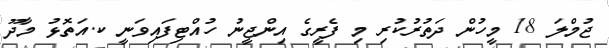
ޖުމްލަ 18 މީހުން ދަތުރުކުރި މި ފެރީގެ އިންޖީނު ހުއްޓިފައިވަނީ ކ.އަތޮޅު މާދޫ